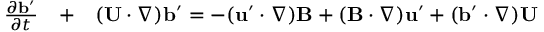
\begin{array} { r l r } { \frac { \partial { \bf { b } } ^ { \prime } } { \partial t } } & { { } + } & { ( { \bf { U } } \cdot \nabla ) { \bf { b } } ^ { \prime } = - ( { \bf { u } } ^ { \prime } \cdot \nabla ) { \bf { B } } + ( { \bf { B } } \cdot \nabla ) { \bf { u } } ^ { \prime } + ( { \bf { b } } ^ { \prime } \cdot \nabla ) { \bf { U } } } \end{array}